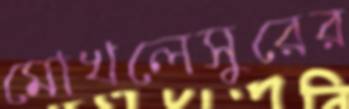
মোখলেসুরের